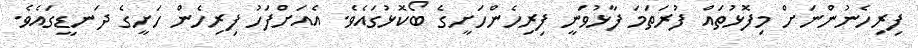
ފިރިހެނުންނަށް މިފޮޅުތައް ފުރަތަމަ ފާޅުވަނީ ފިރިހެންހަށީގެ ބޯކޮޅުގައެވެ. އެއަށްފަހު ފިރިހެން ހަށީގެ ދަނޑީގައެވެ.